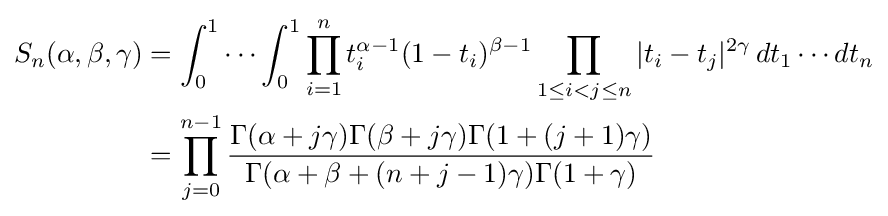
{\begin{aligned}S_{n}(\alpha ,\beta ,\gamma )&=\int _{0}^{1}\cdots \int _{0}^{1}\prod _{i=1}^{n}t_{i}^{\alpha -1}(1-t_{i})^{\beta -1}\prod _{1\leq i<j\leq n}|t_{i}-t_{j}|^{2\gamma }\,dt_{1}\cdots dt_{n}\\&=\prod _{j=0}^{n-1}{\frac {\Gamma (\alpha +j\gamma )\Gamma (\beta +j\gamma )\Gamma (1+(j+1)\gamma )}{\Gamma (\alpha +\beta +(n+j-1)\gamma )\Gamma (1+\gamma )}}\end{aligned}}